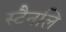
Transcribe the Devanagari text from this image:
स्टैनलि